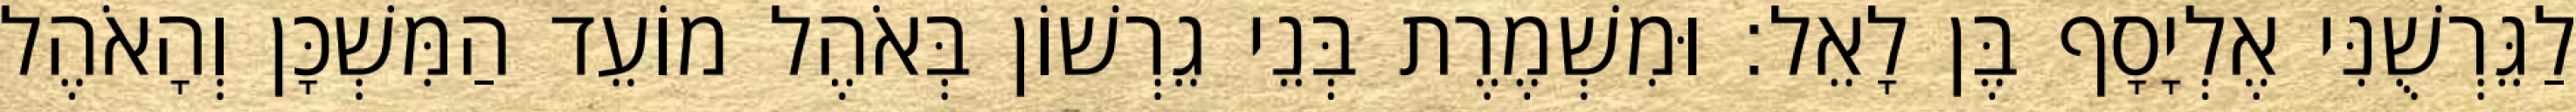
לַגֵּרְשֻׁנִּי אֶלְיָסָף בֶּן לָאֵל׃ וּמִשְׁמֶרֶת בְּנֵי גֵרְשׁוֹן בְּאֹהֶל מוֹעֵד הַמִּשְׁכָּן וְהָאֹהֶל